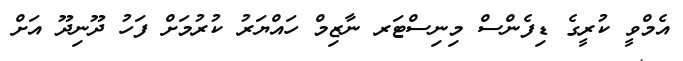
އެމްވީ ކުރީގެ ޑިފެންސް މިނިސްޓަރ ނާޒިމް ހައްޔަރު ކުރުމަށް ފަހު ދޫނިދޫ އަށް